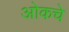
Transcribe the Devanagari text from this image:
ओकचे